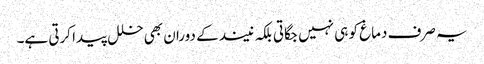
یہ صرف دماغ کو ہی نہیں جگاتی بلکہ نیند کے دوران بھی خلل پیدا کرتی ہے۔